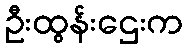
ဦးထွန်းဌေးက